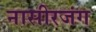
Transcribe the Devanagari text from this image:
नासीरजंग